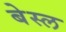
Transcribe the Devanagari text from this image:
बेस्ल